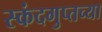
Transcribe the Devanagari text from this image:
स्कंदगुप्तच्या